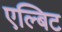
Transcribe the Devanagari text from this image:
एल्बिट